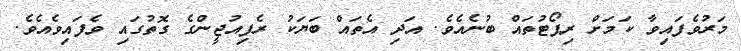
މަރުވެފައިވާ ކަމަށް ރިޕޯޓުތައް ބުނެއެވެ. އަދި އެތައް ބަޔަކު ރެފިއުޖީންގެ ގޮތުގައި ވެފައިވެއެވެ.